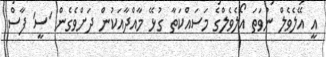
އީ އޭލެވެލް ނުވަތަ އޯލެވެލްގެ މަސައްކަތާ ގުޅޭ މާއްދާއަކުން ދަށްވެގެން 'ސީ' ފާސް